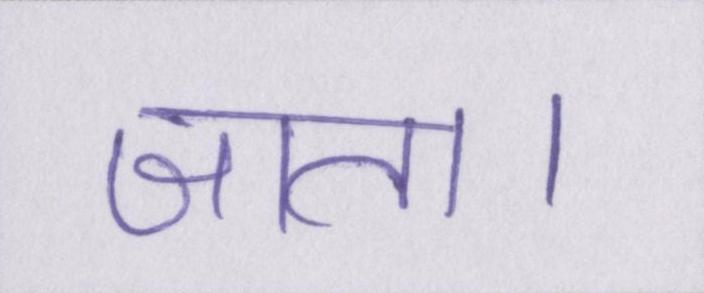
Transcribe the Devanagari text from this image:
जाता।